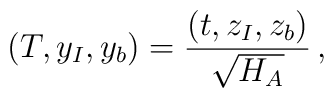
(T,{{y}}_I,{{y}}_b) ={{(t,{{z}}_I,{{z}}_b)}\over{\sqrt{H_A}}} \,,